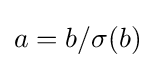
a=b/\sigma (b)